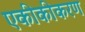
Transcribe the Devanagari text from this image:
एकीकीकरण